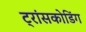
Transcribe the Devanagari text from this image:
ट्रांसकोडिंग